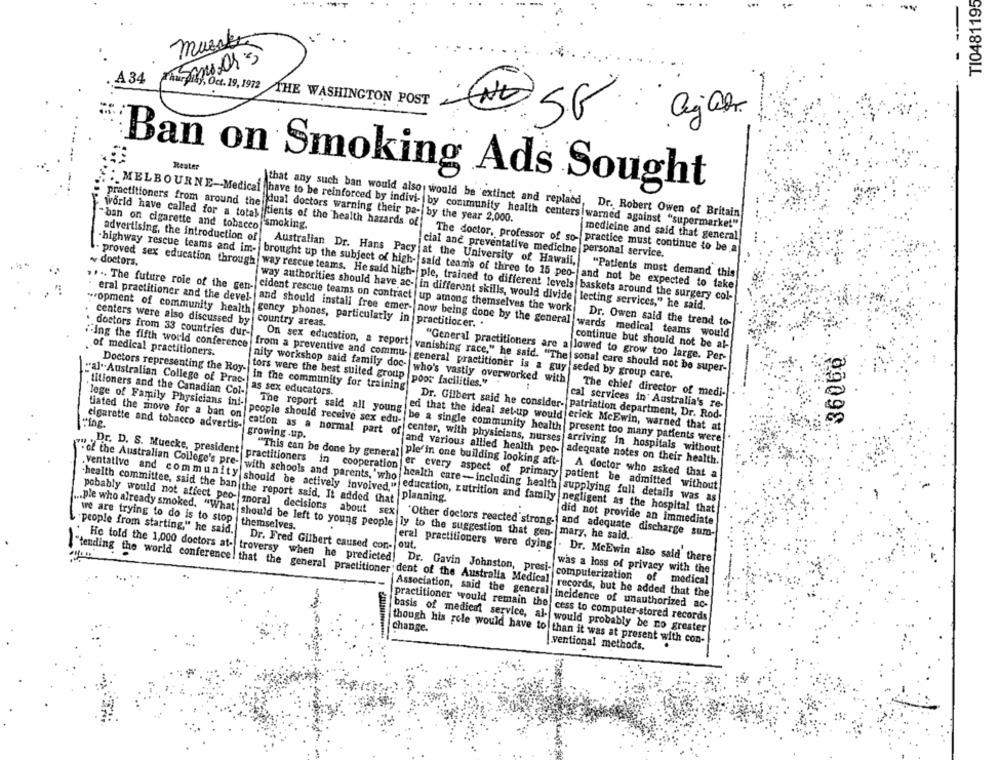
TI0481195
musste
A34
ky, Oct. 19, 1972 THE WASHINGTON POST
Reater
Ban on Smoking Ads Sought
practitioners from around the
dual doctors warning their pa- by the year 2,000.
that any such ban would also would be 'extinct and replacd, Dr. Robert Owen of Britain
ban on cigarette and tobacco
world have called for a total tients of the health hazards of
MELBOURNE-Medical have to be reinforced by indivi- by community health centers warned against "supermarket"
smoking.
medicine and said that general
advertising, the introduction of
The doctor, professor of so- practice must continue to be a
cial anc preventative medicine personal service.
~ doctors.
proved sex education through
Australian Dr. Hans Pacy at the University of Hawaii,
"Patients must demand this
.highway rescue teams and im- brought up the subject of high- said team's of three to 15 peo- and not be expected to take
way rescue teams. He said high- ple, trained to different levels baskets around the surgery col-
way authorities should have ac- in different skills, would divide lecting services," he said.
"opment of community health gency phones, particularly in practitioner. .
... The future role of the gen , cident rescue teams on contract up among themselves the work Dr. Owen said the trend to-
centers were also discussed by
country areas.
doctors from 33 countries dur-
eral practitioner and the devel, and should install free emer- now being done by the general wards medical teams would
iing the fifth world conference
continue but should not be al-
36060
of medical practitioners.
from a preventive and commu-
"General practitioners are allowed to grow too large. Per-
nity workshop said family doc-
Doctors representing the Roy-
On sex education, a report vanishing race," he said. "The sonal care should not be super-
"al"-Australian College of Prac-
tors were the best suited group
general practitioner is a guy seded by group care.
who's vastly overworked with
in the community for training
poor facilities."
titioners and the Canadian Col-
as sex educators.
The chief director of medi-
lege of Family Physicians in !-
cal services in Australia's re-
The report said all young
tiated the move for a ban on
Dr. Gilbert said he consider- patriation department, Dr. Rod-
cigarette and tobacco advertis-
people should receive sex edu-
ed that the ideal set-up would erick McEwin, warned that at
growing .up.
be a single community health present too many patients were
cation as a normal part of center, with physicians, nurses arriving in hospitals without
"This can be done by general
"of the Australian College's pre-
and various allied health peo- adequate notes on their health.
ple in one building looking aft-
Dr. D. S. Muecke, president practitioners in cooperation
with schools and parents, 'who
A doctor who asked that a
er every aspect of primary patient be admitted without
.ventative and community should be actively involved,"
-health committee, said the ban the report said, It added that
[health care-including health supplying full details was as
planning.
... ple who already smoked. "What
education, nutrition and family negligent as the hospital that
pobably would not affect peo- moral decisions about sex
we are trying to do is to stop
"Other doctors reected' strong-
did not provide an immediate
"people from starting," he said.
themselves.
and adequate discharge sum-
should be left to young people ly to the suggestion that gen- mary, he said ..
Dr. Fred Gilbert caused con-
out
He told the 1,000 doctors at- troversy when he predicted
eral practitioners were dying . Dr. McEwin also said there
was a loss of privacy with the
Dr. Gavin Johnston, presi- computerization of medical
{"tending the world conference! that the general practitioner dent of the Australia Medical records, but he added that the
Association, said the general incidence of unauthorized ac-
practitioner would remain the cess to computer-stored records
basis of medien service, al- would probably be no greater
change.
though his role would have to than it was at present with con-
ventional methods.